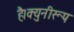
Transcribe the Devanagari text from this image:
है।क्युनीरूप